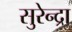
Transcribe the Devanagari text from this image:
सुरेन्द्रा